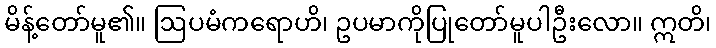
မိန့်တော်မူ၏။ ဩပမံကရောဟိ၊ ဥပမာကိုပြုတော်မူပါဦးလော။ ဣတိ၊